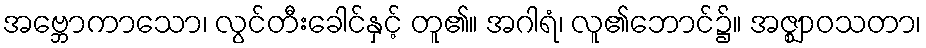
အဗ္ဘောကာသော၊ လွင်တီးခေါင်နှင့် တူ၏။ အဂါရံ၊ လူ၏ဘောင်၌။ အဇ္ဈာဝသတာ၊